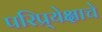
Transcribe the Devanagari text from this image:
परिप्र्येक्षाचे